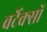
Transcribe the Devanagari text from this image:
वर्टेक्सों